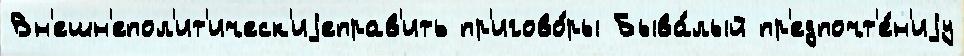
Вн'ешн'епол'ит'ическ'иjеправ'ить пр'игово́ры Быва́лый пр'едпочт'е́н'иjу